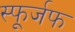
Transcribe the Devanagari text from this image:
स्फूर्जफ